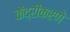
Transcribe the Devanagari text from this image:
केंद्रीकरणे